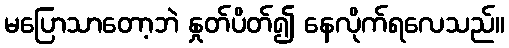
မပြောသာတော့ဘဲ နှုတ်ပိတ်၍ နေလိုက်ရလေသည်။